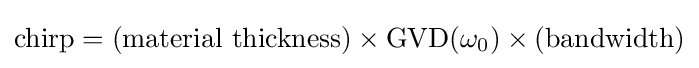
{\text{chirp}}=({\text{material thickness}})\times {\text{GVD}}(\omega _{0})\times ({\text{bandwidth}})